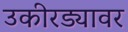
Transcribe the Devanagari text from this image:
उकीरड्यावर